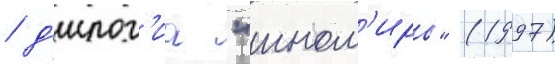
/ д'илог'иа "ином'иры" (1997)